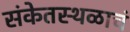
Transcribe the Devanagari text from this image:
संकेतस्थळाचं